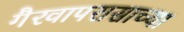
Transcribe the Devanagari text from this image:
गैरवापरासाच्या